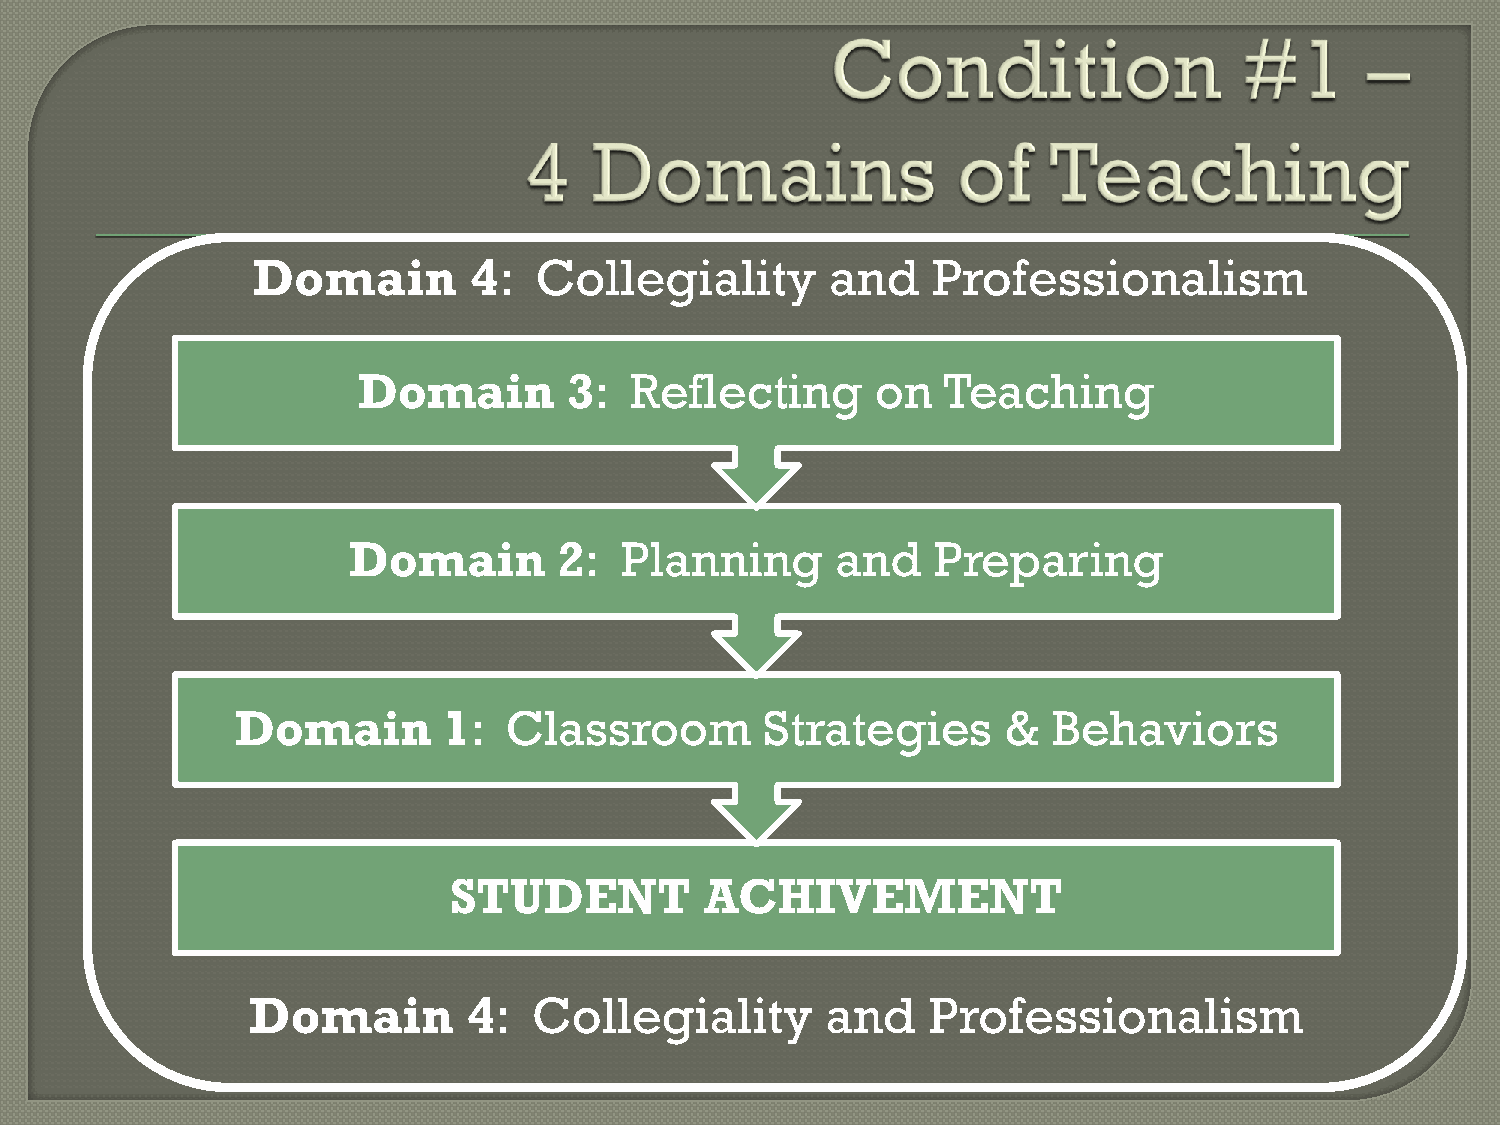
Domain        4:  Collegiality        and    Professionalism
 Domain        3:  Reflecting      on  Teaching
 Domain        2:  Planning      and    Preparing
 Domain       1:   Classroom        Strategies      &  Behaviors
 STUDENT          ACHIVEMENT
 Domain         4:  Collegiality        and   Professionalism